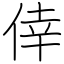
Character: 倖